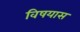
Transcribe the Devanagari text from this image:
विषयास